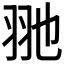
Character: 𦏸